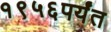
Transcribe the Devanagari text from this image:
१९५६पर्यंत